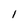
Character: 1